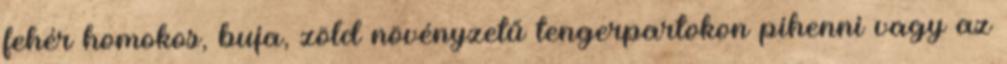
fehér homokos, buja, zöld növényzetű tengerpartokon pihenni vagy az